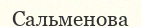
Сальменова